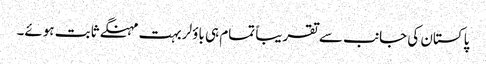
پاکستان کی جانب سے تقریباً تمام ہی باؤلر بہت مہنگے ثابت ہوئے۔